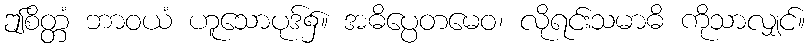
ဤစိတ္တံ ဘာဝယံ ဟူသောပုဒ်၌။ အဓိပ္ပေတမေဝ၊ လိုရင်းသမာဓိ ကိုသာလျှင်။